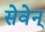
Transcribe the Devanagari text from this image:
सेवेन्